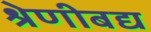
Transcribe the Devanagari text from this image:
श्रेणीबद्य